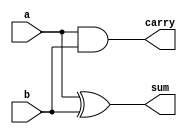
module Half_Adder (
    input wire a,
    input wire b,
    output wire sum,
    output wire carry
);
    assign sum = a^b;
    assign carry = a&b;
endmodule